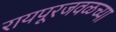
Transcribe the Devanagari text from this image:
रायपूरजवळच्या